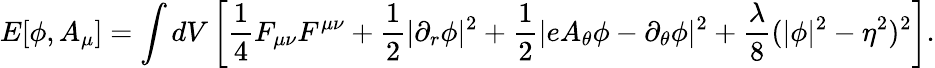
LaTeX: E[\phi,A_{\mu}]=\int dV\left[{\frac{1}{4}}F_{\mu\nu}F^{\mu\nu}+{\frac{1}{2}}\vert\partial_{r}\phi\vert^{2}+{\frac{1}{2}}\vert eA_{\theta}\phi-\partial_{\theta}\phi\vert^{2}+{\frac{\lambda}{8}}(\vert\phi\vert^{2}-\eta^{2})^{2}\right].